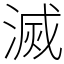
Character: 滅